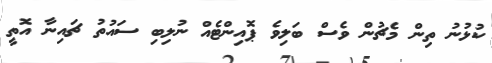
ކުޅުނު ތިން މެޗުން ވެސް ބަލިވެ ޕޮއިންޓެއް ނުލިބި ސައުތު ޗައިނާ އޮތީ